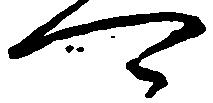
可